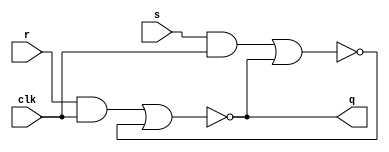
// RS latch implementation using gate instantiation
module rs_latch_inst(r, s, clk, q);
  input r, s, clk;
  output q;

  wire S_g, R_g, Qa, Qb /* synthesis keep */;

  and(R_g, r, clk);
  and(S_g, s, clk);
  nor(Qa, R_g, Qb);
  nor(Qb, S_g, Qa);

  assign q = Qa; 

endmodule

// RS latch implementation using logic expressions
module rs_latch_l(r, s, clk, q);
  input r, s, clk;
  output q;

  wire S_g, R_g, Qa, Qb /* synthesis keep */;

  assign R_g = r & clk;
  assign S_g = s & clk;
  assign Qa = ~(R_g | Qb);
  assign Qb = ~(S_g | Qa); 

  assign q = Qa;

endmodule


// D latch implementation using always block
module d_latch(data, clk, reset, q);
  input data, clk, reset;
  output reg q;

  always@ (data, clk, reset) 
    if (~reset) begin
      q <= 1'b0;
    end else if (clk) begin
      q <= data;
    end

endmodule


// implementation of positive edge triggered d flip-flop with asynchronous reset
module d_ff_async_reset(data, clk, reset, q, qbar);
  input data, clk, reset;
  output reg q, qbar;

  always@ (posedge clk, negedge reset)
    if (~reset) begin
      q <= 1'b0;
      qbar <= 1'b1;
    end else begin
      q <= data;
      qbar <= ~data;
    end

endmodule


// implementation of positive edge triggered d flip-flop with synchronous reset
module d_ff_sync_reset(data, clk, reset, q, qbar);
  input data, clk, reset;
  output reg q, qbar;

  always@ (posedge clk)
    if (~reset) begin
      q <= 1'b0;
      qbar <= 1'b1;
    end else begin
      q <= data;
      qbar <= ~data;
    end

endmodule